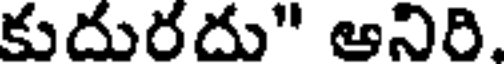
కుదురదు" ఆనిరి.